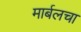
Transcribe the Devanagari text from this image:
मार्बलचा